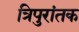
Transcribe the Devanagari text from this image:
त्रिपुरांतक